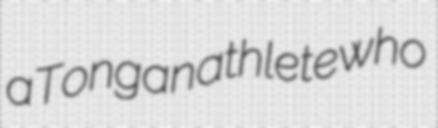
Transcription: a Tongan athlete who